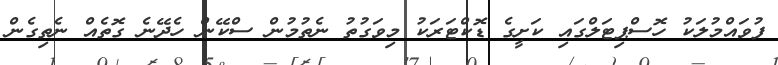
ފުވައްމުލަކު ހޮސްޕިޓަލްގައި ކަށީގެ ޑޮކްޓަރަކު މިވަގުތު ނެތުމުން ސްކޭން ހެދޭނެ ގޮތެއް ނެތިގެން